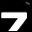
Digit: 7